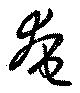
奄